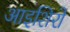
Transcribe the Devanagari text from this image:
आइशिरो